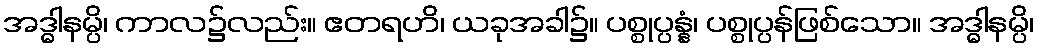
အဒ္ဓါနမ္ပိ၊ ကာလ၌လည်း။ ဧတရဟိ၊ ယခုအခါ၌။ ပစ္စုပ္ပန္နံ၊ ပစ္စုပ္ပန်ဖြစ်သော။ အဒ္ဓါနမ္ပိ၊